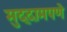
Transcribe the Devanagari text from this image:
मुद्दामपणे